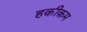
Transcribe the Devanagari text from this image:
हक़ीक़म